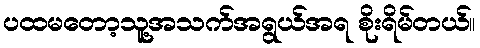
ပထမတော့သူ့အသက်အရွယ်အရ စိုးရိမ်တယ်။